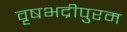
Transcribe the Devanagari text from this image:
वृषभद्रीपुरम